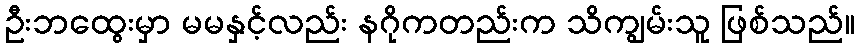
ဦးဘထွေးမှာ မမနှင့်လည်း နဂိုကတည်းက သိကျွမ်းသူ ဖြစ်သည်။